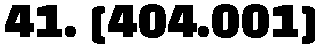
41. [404.001]